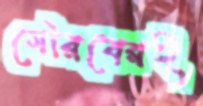
গৌরবেরই